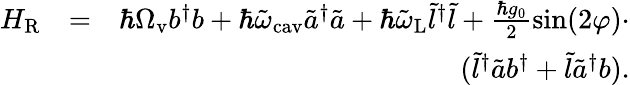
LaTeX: \begin{array}{rlr}{H_{\mathrm{R}}}&{=}&{\hbar\Omega_{\mathrm{v}}b^{\dagger}b+\hbar\tilde{\omega}_{\mathrm{cav}}\tilde{a}^{\dagger}\tilde{a}+\hbar\tilde{\omega}_{\mathrm{L}}\tilde{l}^{\dagger}\tilde{l}+\frac{\hbar g_{0}}{2}\sin(2\varphi)\cdot}\\ &{}&{(\tilde{l}^{\dagger}\tilde{a}b^{\dagger}+\tilde{l}\tilde{a}^{\dagger}b).}\end{array}